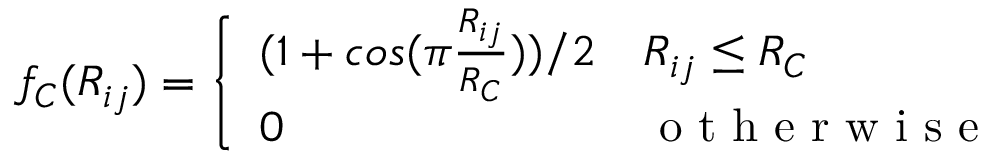
f _ { C } ( R _ { i j } ) = \left\{ \begin{array} { l l } { ( 1 + c o s ( \pi \frac { R _ { i j } } { R _ { C } } ) ) / 2 } & { R _ { i j } \le R _ { C } } \\ { 0 } & { \mathrm { ~ o ~ t ~ h ~ e ~ r ~ w ~ i ~ s ~ e ~ } } \end{array} \right.